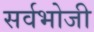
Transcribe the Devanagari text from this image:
सर्वभोजी